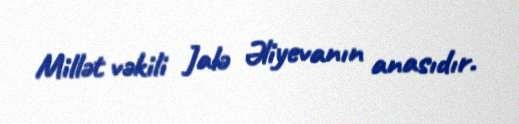
Millət vəkili Jalə Əliyevanın anasıdır.